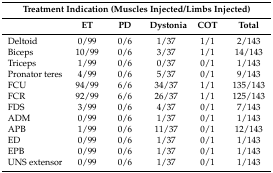
| <COLSPAN=6> Treatment Indication (Muscles Injected/Limbs Injected) |
 |  | ET | PD | Dystonia | COT | Total |
 | --- | --- | --- | --- | --- | --- |
 | Deltoid | 0/99 | 0/6 | 1/37 | 1/1 | 2/143 |
 | Biceps | 10/99 | 0/6 | 3/37 | 1/1 | 14/143 |
 | Triceps | 1/99 | 0/6 | 0/37 | 0/1 | 1/143 |
 | Pronator teres | 4/99 | 0/6 | 5/37 | 0/1 | 9/143 |
 | FCU | 94/99 | 6/6 | 34/37 | 1/1 | 135/143 |
 | FCR | 92/99 | 6/6 | 26/37 | 1/1 | 125/143 |
 | FDS | 3/99 | 0/6 | 4/37 | 0/1 | 7/143 |
 | ADM | 0/99 | 0/6 | 1/37 | 0/1 | 1/143 |
 | APB | 1/99 | 0/6 | 11/37 | 0/1 | 12/143 |
 | ED | 0/99 | 0/6 | 1/37 | 0/1 | 1/143 |
 | EPB | 0/99 | 0/6 | 1/37 | 0/1 | 1/143 |
 | UNS extensor | 0/99 | 0/6 | 1/37 | 0/1 | 1/143 |